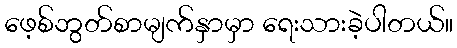
ဖေ့စ်ဘွတ်စာမျက်နှာမှာ ရေးသားခဲ့ပါတယ်။